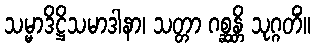
သမ္မာဒိဋ္ဌိသမာဒါနာ၊ သတ္တာ ဂစ္ဆန္တိ သုဂ္ဂတိံ။